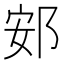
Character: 䢿